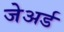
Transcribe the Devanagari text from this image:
जेअर्ड